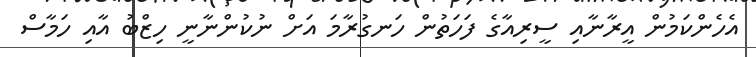
އެހެންކަމުން އީރާނާއި ސީރިއާގެ ފަހަތުން ހަނގުރާމަ އަށް ނުކުންނާނީ ހިޒްބު އާއި ހަމާސް